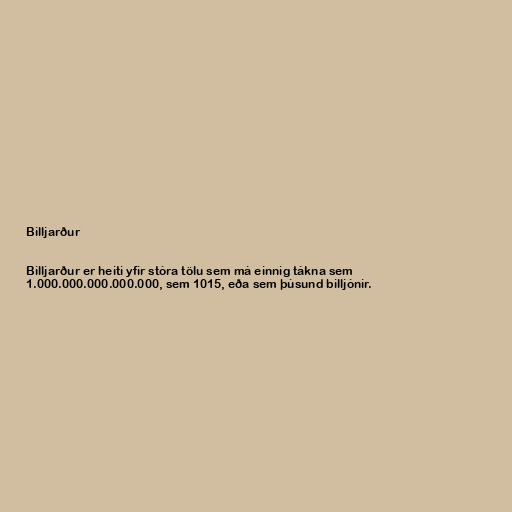
Billjarður

Billjarður er heiti yfir stóra tölu sem má einnig tákna sem
1.000.000.000.000.000, sem 1015, eða sem þúsund billjónir.